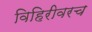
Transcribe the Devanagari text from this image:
विहिरीवरच